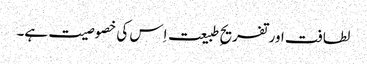
لطافت اور تفریحِ طبیعت اِس کی خصوصیت ہے۔